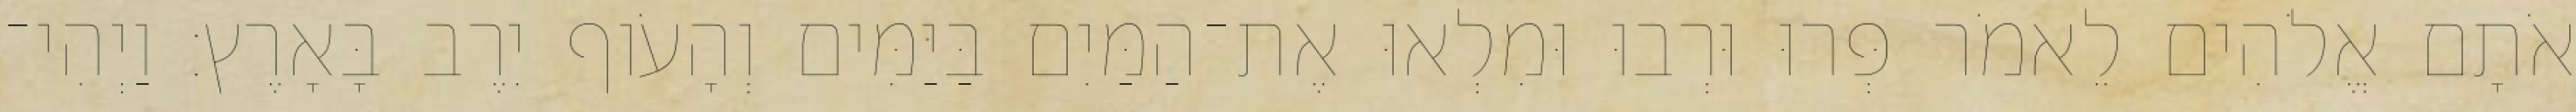
אֹתָם אֱלֹהִים לֵאמֹר פְּרוּ וּרְבוּ וּמִלְאוּ אֶת־הַמַּיִם בַּיַּמִּים וְהָעֹוף יִרֶב בָּאָרֶץ׃ וַיְהִי־